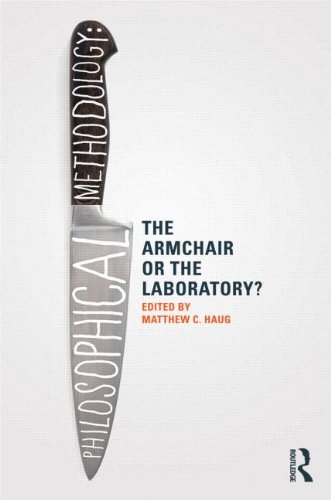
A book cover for Philosophical Methodology: The Armchair or the Laboratory?; Politics & Social Sciences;